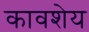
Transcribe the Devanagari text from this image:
कावशेय